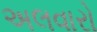
અલવારો